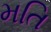
મતિ